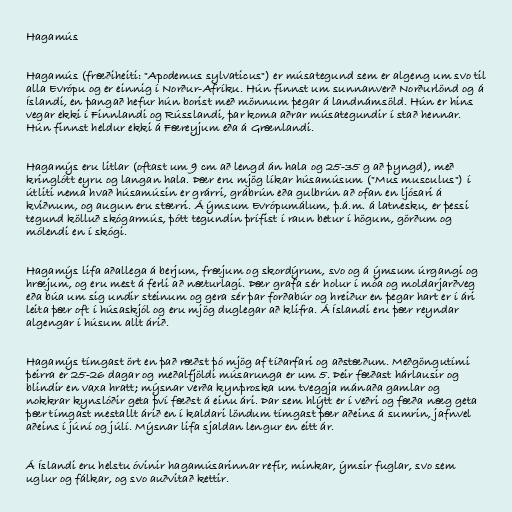
Hagamús

Hagamús (fræðiheiti: "Apodemus sylvaticus") er músategund sem er algeng um svo til
alla Evrópu og er einnig í Norður-Afríku. Hún finnst um sunnanverð Norðurlönd og á
Íslandi, en þangað hefur hún borist með mönnum þegar á landnámsöld. Hún er hins
vegar ekki í Finnlandi og Rússlandi, þar koma aðrar músategundir í stað hennar.
Hún finnst heldur ekki á Færeyjum eða á Grænlandi.

Hagamýs eru litlar (oftast um 9 cm að lengd án hala og 25-35 g að þyngd), með
kringlótt eyru og langan hala. Þær eru mjög líkar húsamúsum ("Mus musculus") í
útliti nema hvað húsamúsin er grárri, grábrún eða gulbrún að ofan en ljósari á
kviðnum, og augun eru stærri. Á ýmsum Evrópumálum, þ.á.m. á latnesku, er þessi
tegund kölluð skógarmús, þótt tegundin þrífist í raun betur í högum, görðum og
mólendi en í skógi.

Hagamýs lifa aðallega á berjum, fræjum og skordýrum, svo og á ýmsum úrgangi og
hræjum, og eru mest á ferli að næturlagi. Þær grafa sér holur í móa og moldarjarðveg
eða búa um sig undir steinum og gera sér þar forðabúr og hreiður en þegar hart er í ári
leita þær oft í húsaskjól og eru mjög duglegar að klifra. Á Íslandi eru þær reyndar
algengar í húsum allt árið.

Hagamýs tímgast ört en það ræðst þó mjög af tíðarfari og aðstæðum. Meðgöngutími
þeirra er 25-26 dagar og meðalfjöldi músarunga er um 5. Þeir fæðast hárlausir og
blindir en vaxa hratt; mýsnar verða kynþroska um tveggja mánaða gamlar og
nokkrar kynslóðir geta því fæðst á einu ári. Þar sem hlýtt er í veðri og fæða næg geta
þær tímgast mestallt árið en í kaldari löndum tímgast þær aðeins á sumrin, jafnvel
aðeins í júní og júlí. Mýsnar lifa sjaldan lengur en eitt ár.

Á Íslandi eru helstu óvinir hagamúsarinnar refir, minkar, ýmsir fuglar, svo sem
uglur og fálkar, og svo auðvitað kettir.